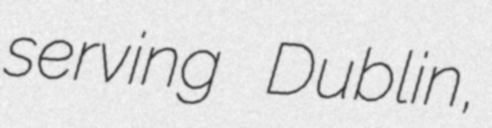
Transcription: serving Dublin,